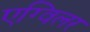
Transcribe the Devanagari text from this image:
एग्विलर